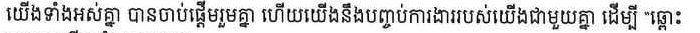
យើងទាំងអស់គ្នា បានចាប់ផ្ដើមរួមគ្នា ហើយយើងនឹងបញ្ចប់ការងាររបស់យើងជាមួយគ្នា ដើម្បី ឆ្អោះ